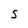
Character: S